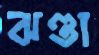
ঝণ্ডা